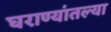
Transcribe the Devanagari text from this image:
घराण्यांतल्या